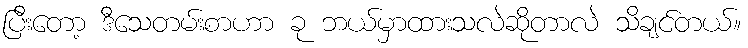
ပြီးတော့ ဒီသေတမ်းစာဟာ ခု ဘယ်မှာထားသလဲဆိုတာလဲ သိချင်တယ်။